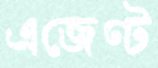
এজেণ্ট